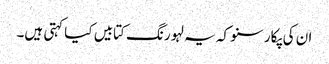
ان کی پکار سنو کہ یہ لہو رنگ کتابیں کیا کہتی ہیں۔